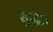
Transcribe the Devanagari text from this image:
शुद्धा।